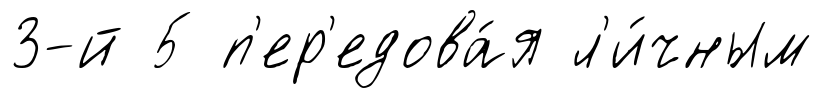
3-й 5 п'ер'едова́я л'и́чным